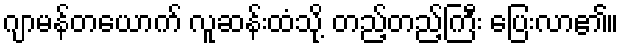
ဂျာမန်တယောက် လူဆန်းထံသို့ တည့်တည့်ကြီး ပြေးလာ၏။